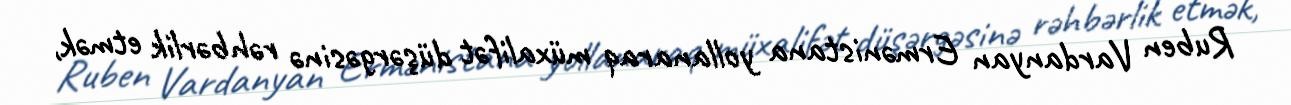
Ruben Vardanyan Ermənistana yollanaraq müxalifət düşərgəsinə rəhbərlik etmək,